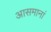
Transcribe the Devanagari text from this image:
आसमानां